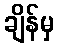
ချိန်မှ